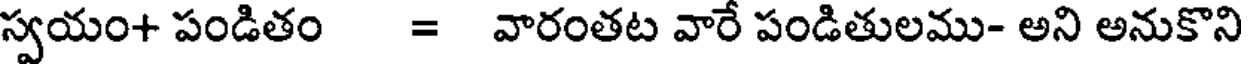
స్వయం+ పండితం = వారంతట వారే పండితులము- అని అనుకొని